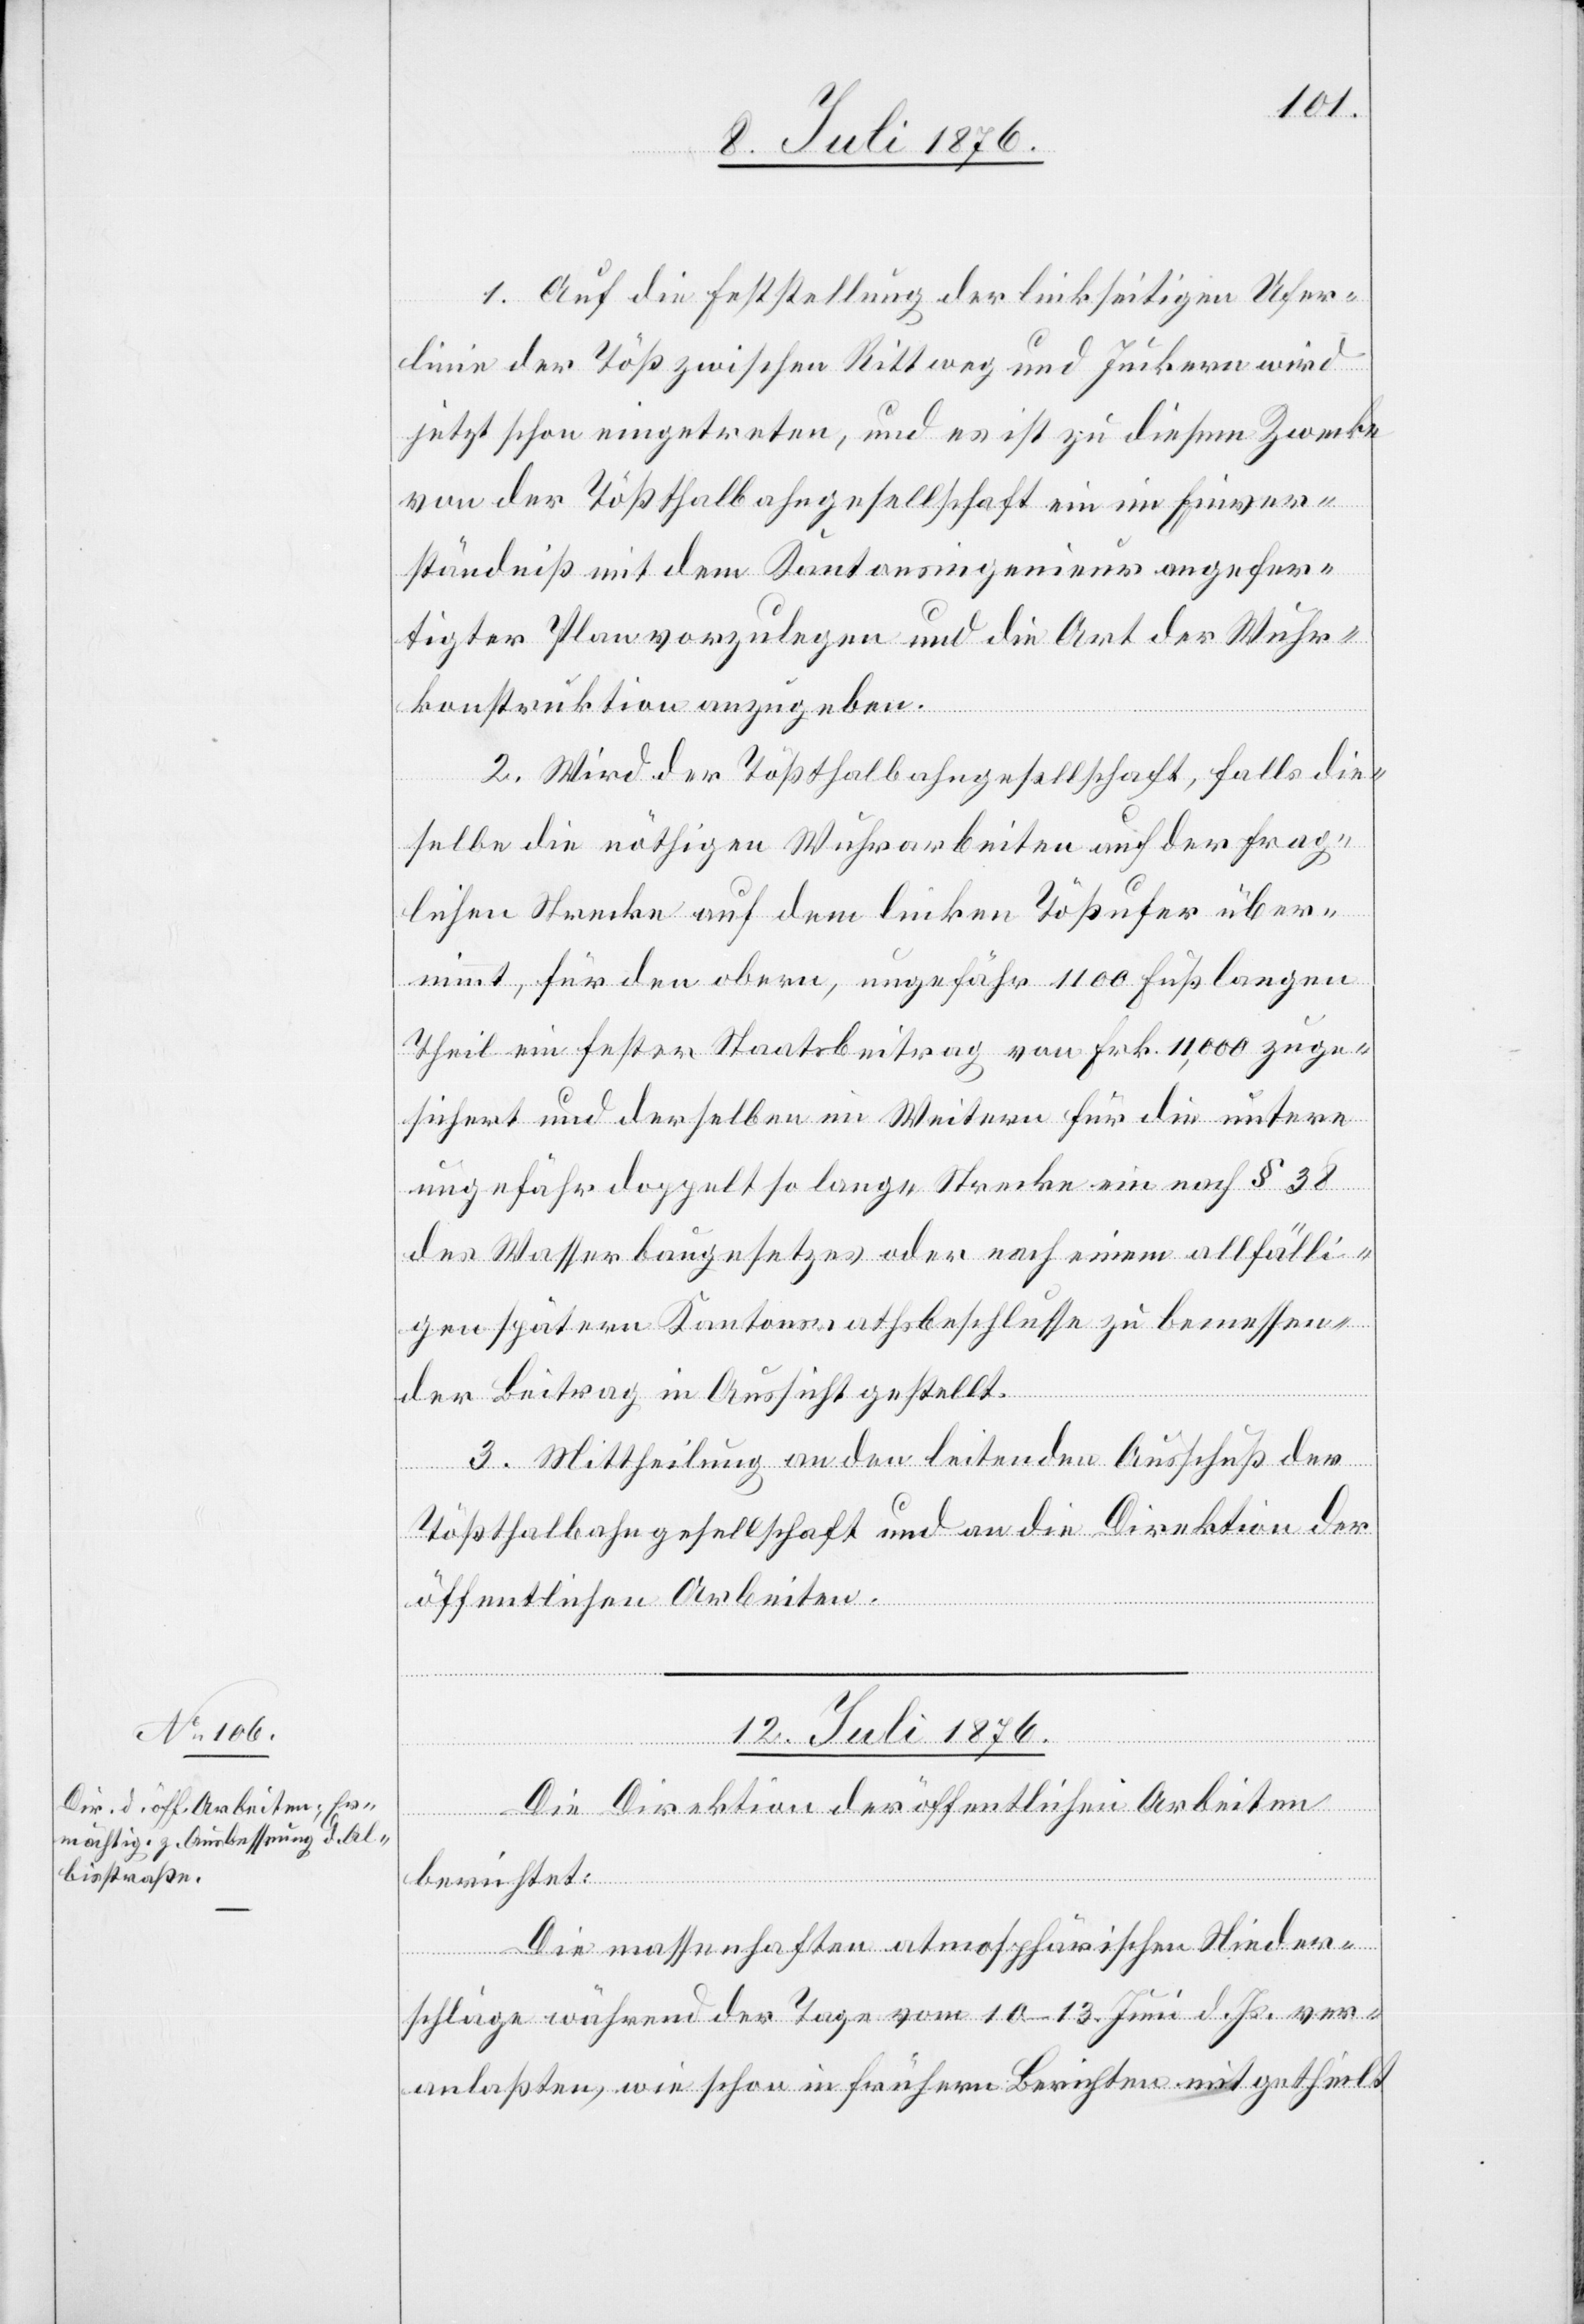
1. Auf die Feststellung der linkseitigen Ufer¬
linie der Töß zwischen Rittweg und Juckern wird
jetzt schon eingetreten, und es ist zu diesem Zwecke
von der Tößthalbahngesellschaft ein im Einver¬
ständniß mit dem Kantonsingenieur angefer¬
tigter Plan vorzulegen und die Art der Wuhr¬
konstruktion anzugeben.
2. Wird der Tößthalbahngesellschaft, falls die¬
selbe die nöthigen Wuhrarbeiten auf der frag¬
lichen Strecke auf dem linken Tößufer über¬
nimmt, für den obern, ungefähr 1100 Fuß langen
Theil ein fester Staatsbeitrag von Frk. 11,000 zuge¬
sichert und derselben im Weitern für die untere
ungefähr doppelt so lange Strecke ein noch § 38
des Wasserbaugesetztes oder nach einem allfälli¬
gen spätern Kantonsrathsbeschlusse zu bemessen¬
der Beitrag in Aussicht gestellt.
3. Mittheilung an den leitenden Ausschuß der
Tößthalbahngesellschaft und an die Direktion der
öffentlichen Arbeiten.
12. Juli 1876.
Die Direktion der öffentlichen Arbeiten
berichtet:
Die massenhaften atmosphärischen Nieder¬
schläge während der Tage vom 10.–13. Juni d. Js. ver¬
anlaßten, wie schon in frühern Berichten mitgetheilt